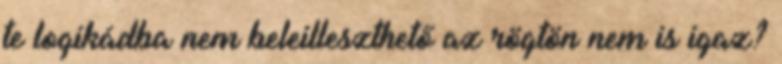
te logikádba nem beleilleszthető az rögtön nem is igaz?